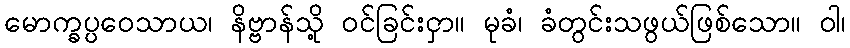
မောက္ခပ္ပဝေသာယ၊ နိဗ္ဗာန်သို့ ဝင်ခြင်းငှာ။ မုခံ၊ ခံတွင်းသဖွယ်ဖြစ်သော။ ဝါ၊